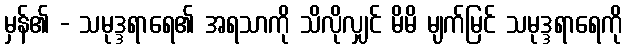
မှန်၏ - သမုဒ္ဒရာရေ၏ အရသာကို သိလိုလျှင် မိမိ မျက်မြင် သမုဒ္ဒရာရေကို